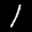
Label: 1